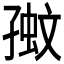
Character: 𡦉